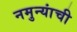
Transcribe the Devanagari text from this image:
नमुन्यांची